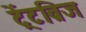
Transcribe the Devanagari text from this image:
ट्रेंटब्रिज